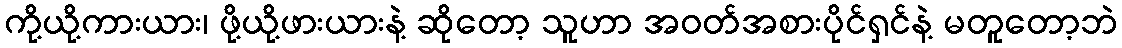
ကို့ယို့ကားယား၊ ဖို့ယို့ဖားယားနဲ့ ဆိုတော့ သူဟာ အဝတ်အစားပိုင်ရှင်နဲ့ မတူတော့ဘဲ